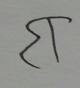
Signature authenticity: forged